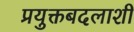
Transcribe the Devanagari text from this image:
प्रयुक्तबदलाशी